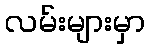
လမ်းများမှာ